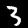
Label: 3